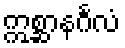
ဣစ္ဆာနင်္ဂလံ